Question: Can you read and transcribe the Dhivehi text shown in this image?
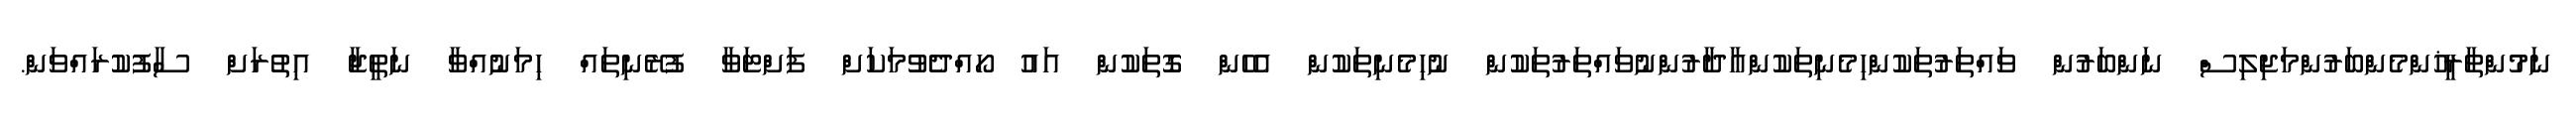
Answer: ނަމުންތާރީޚުންމެންބަރުންމަޖިލިސް ނަންބަރުން ވައްތަރުތަކުންހިމެނިތަކުންއާދާރުންނުވައްތަރުތަކުން ނުހިމެނިތަކުން އެހެން ގޮތަކުން އައު ހޯއްދެވުމަކަށް ފަށްޓަވާ ފުރޭނިތައް ހިމަނުއްވާ ނަތީޖާ އިތުރަށް ސާފުކުރައްވަން.